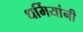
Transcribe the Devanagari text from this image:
धर्मियांनी